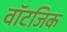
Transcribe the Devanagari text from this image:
वॉटजिक